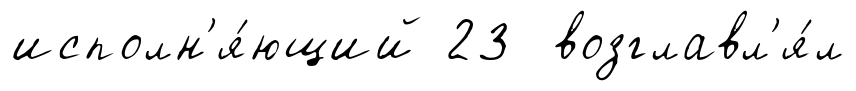
исполн'я́ющий 23 возглавл'я́л